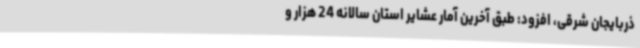
ذربایجان شرقی، افزود: طبق آخرین آمار عشایر استان سالانه 24 هزار و